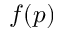
f ( p )